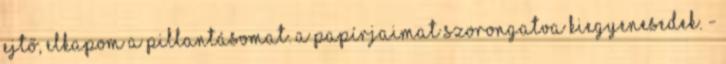
ejtő, elkapom a pillantásomat. A papírjaimat szorongatva kiegyenesedek. -